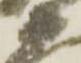
衛